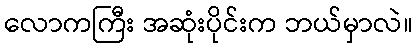
လောကကြီး အဆုံးပိုင်းက ဘယ်မှာလဲ။